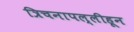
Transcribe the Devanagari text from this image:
त्रिचनापल्लीहून